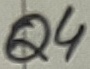
Text: Q4